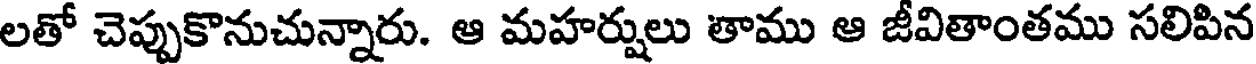
లతో చెప్పుకొనుచున్నారు. ఆ మహర్షులు తాము ఆ జీవితాంతము సలిపిన